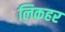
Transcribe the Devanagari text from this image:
लिकहर